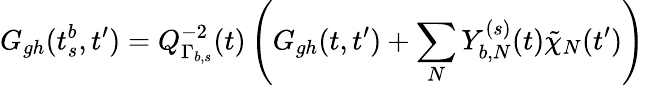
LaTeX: G_{gh}(t_{s}^{b},t^{\prime})=Q_{\Gamma_{b,s}}^{-2}(t)\left(G_{gh}(t,t^{\prime})+\sum_{N}Y_{b,N}^{(s)}(t)\tilde{\chi}_{N}(t^{\prime})\right)